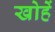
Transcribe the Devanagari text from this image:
खोहें